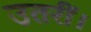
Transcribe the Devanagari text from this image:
उतरीं।